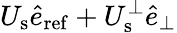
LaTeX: U_{\mathrm{s}}\hat{e}_{\mathrm{ref}}+U_{\mathrm{s}}^{\perp}\hat{e}_{\perp}